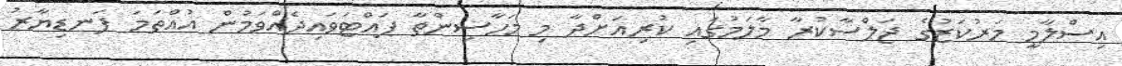
އިސްލާމީ މަރުކަޒުގެ ޖަލްސާކުރާ މާލަމުގައި ކުރިއަށްދާ މި މަހާސިންތާ ފައްޓަވައިދެއްވަމުން އުއްތަމަ ފަނޑިޔާރު